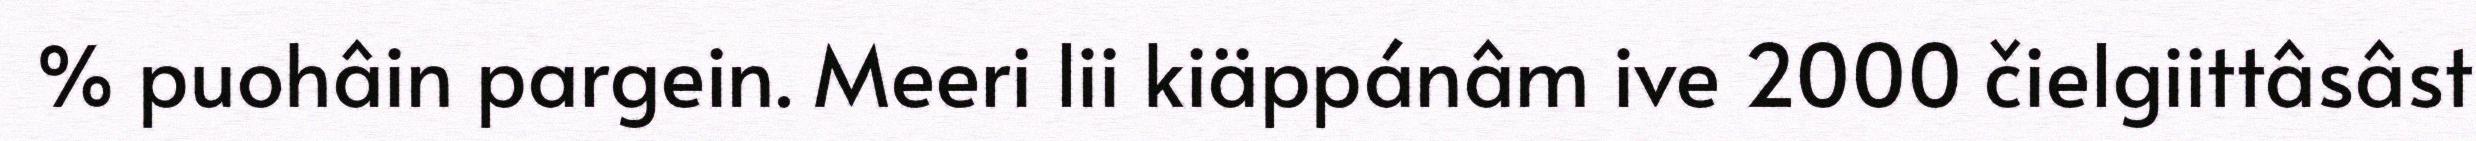
% puohâin pargein. Meeri lii kiäppánâm ive 2000 čielgiittâsâst